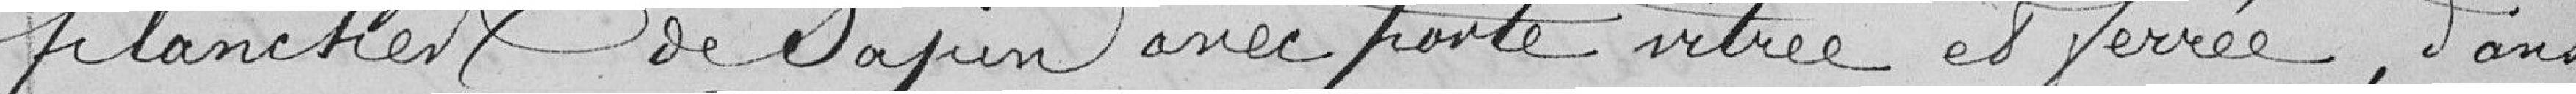
plancher de sapin avec porte vitrée et ferrée, dans